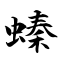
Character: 螓